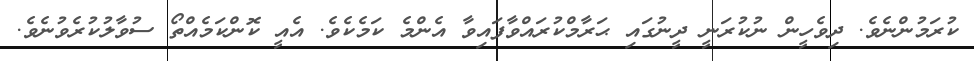
ކުރަމުންނެވެ. ދިވެހީން ނުކުރަނީ ދީނުގައި ޙަރާމްކުރައްވާފައިވާ އެންމެ ކަމެކެވެ. އެއީ ކޮންކަމެއްތޯ ސުވާލުކުރެވުނެވެ.